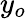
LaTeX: y_{o}